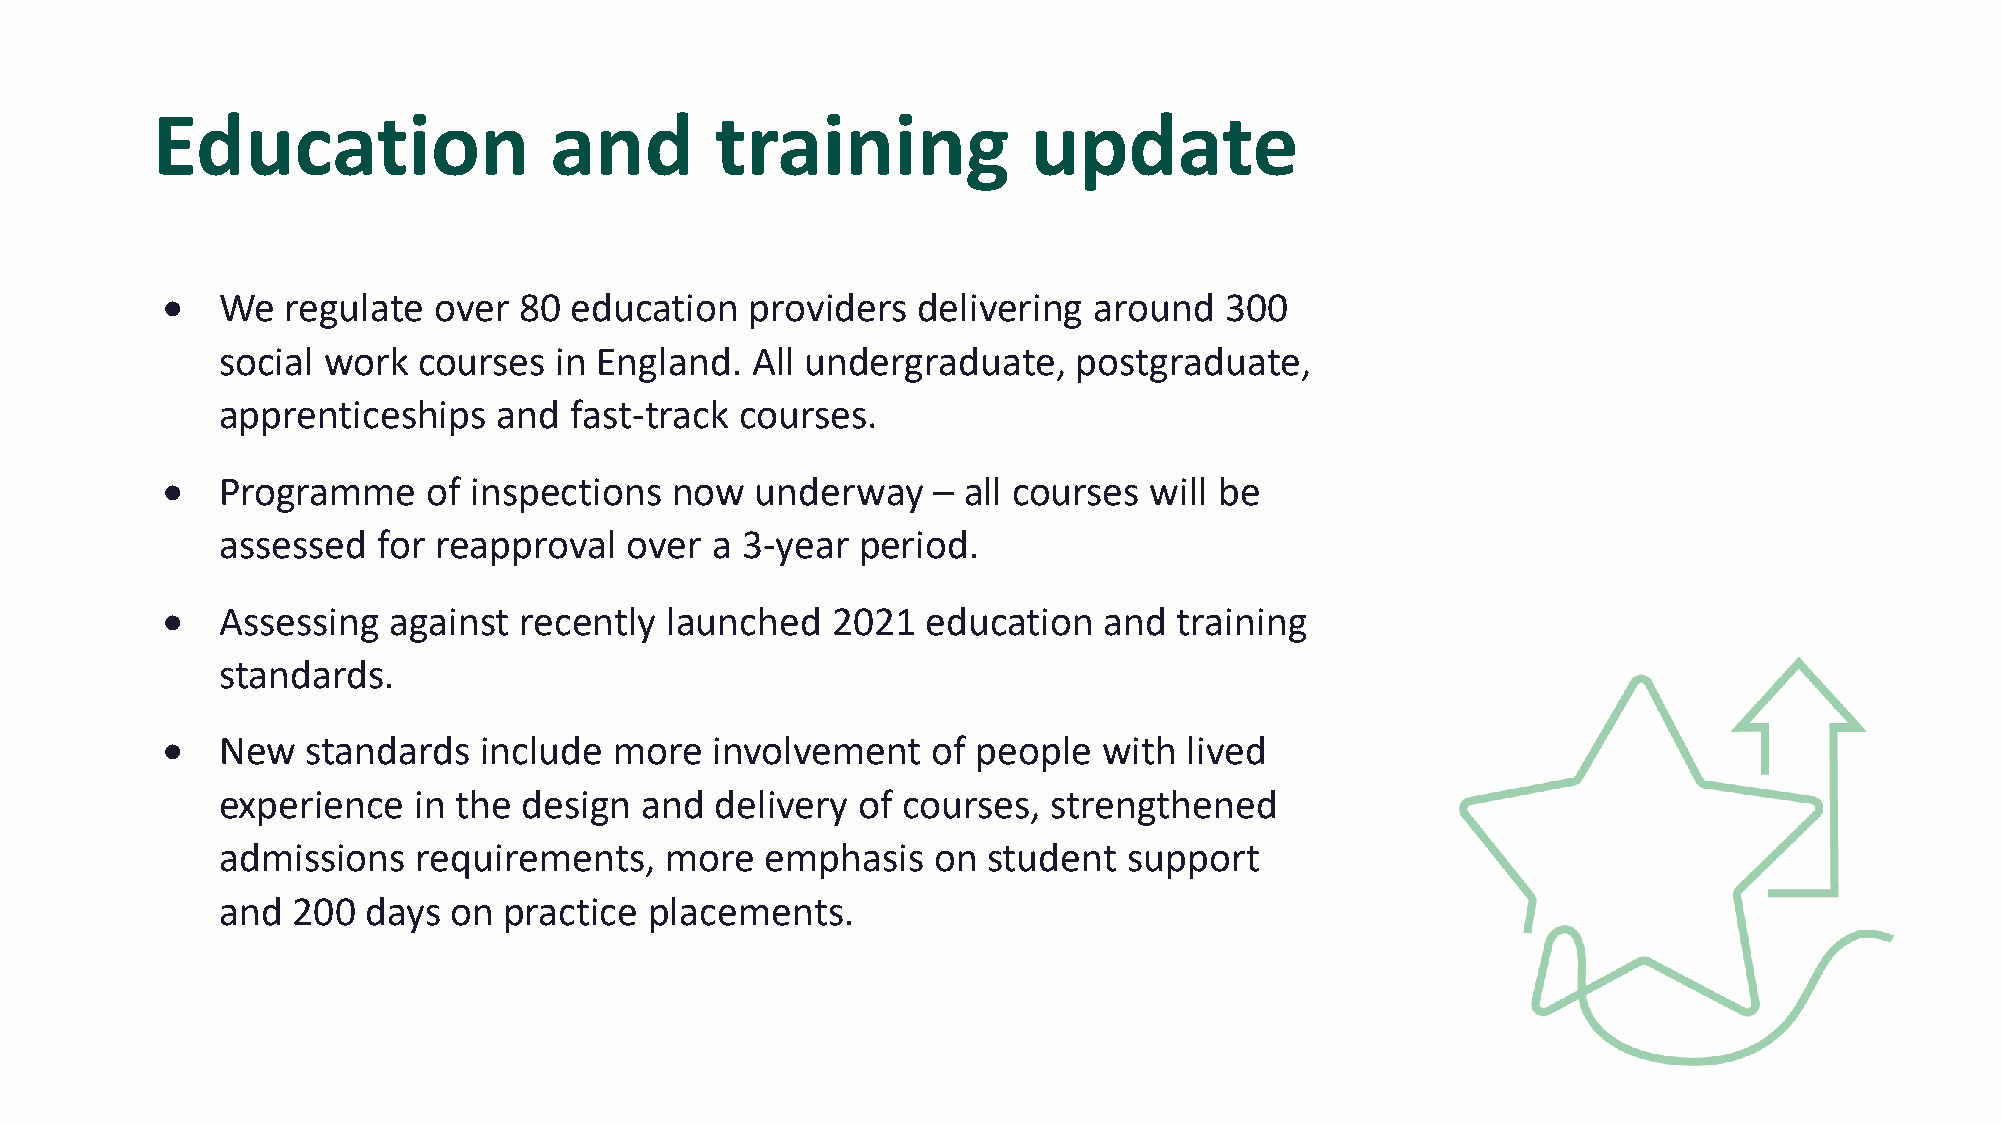
Education                 and        training             update
 •   We  regulate  over 80  education   providers  delivering around   300
 social work  courses  in England.  All undergraduate,   postgraduate,
 apprenticeships   and  fast-track courses.
 •   Programme    of inspections   now  underway    – all courses will be
 assessed  for reapproval  over  a 3-year  period.
 •   Assessing  against recently  launched   2021  education   and  training
 standards.
 •   New  standards   include  more  involvement    of people  with  lived
 experience  in the  design and  delivery  of courses,  strengthened
 admissions   requirements,   more   emphasis   on student   support
 and 200  days  on practice  placements.